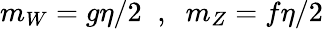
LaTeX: m_{W}=g\eta/2\; \; ,\; \; m_{Z}=f\eta/2